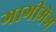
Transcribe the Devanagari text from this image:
गागीमेम